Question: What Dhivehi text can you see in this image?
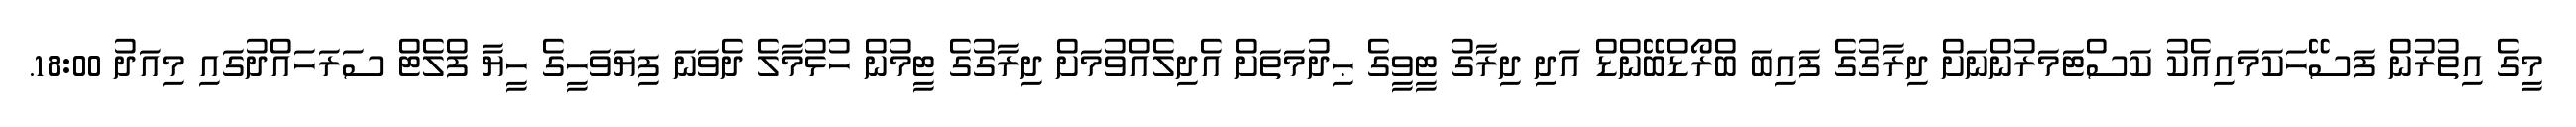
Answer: މީގެ އިތުރުން ފަސޭހަކަމައިއެކު ކަސްޓަމަރުންނަށް ދިރާގުގެ ފައިބަ ބްރޯޑްބޭންޑް އަދި ދިރާގު ޓީވީގެ ޙިދުމަތަށް އެދިލެއްވުމަށް ދިރާގުގެ ޓީމުން ހުޅުމާލެ ދެވަނަ ފިޔަވަހީގެ ހީޔާ ފްލެޓް ސަރަހައްދުގައި މިއަދު 18:00.